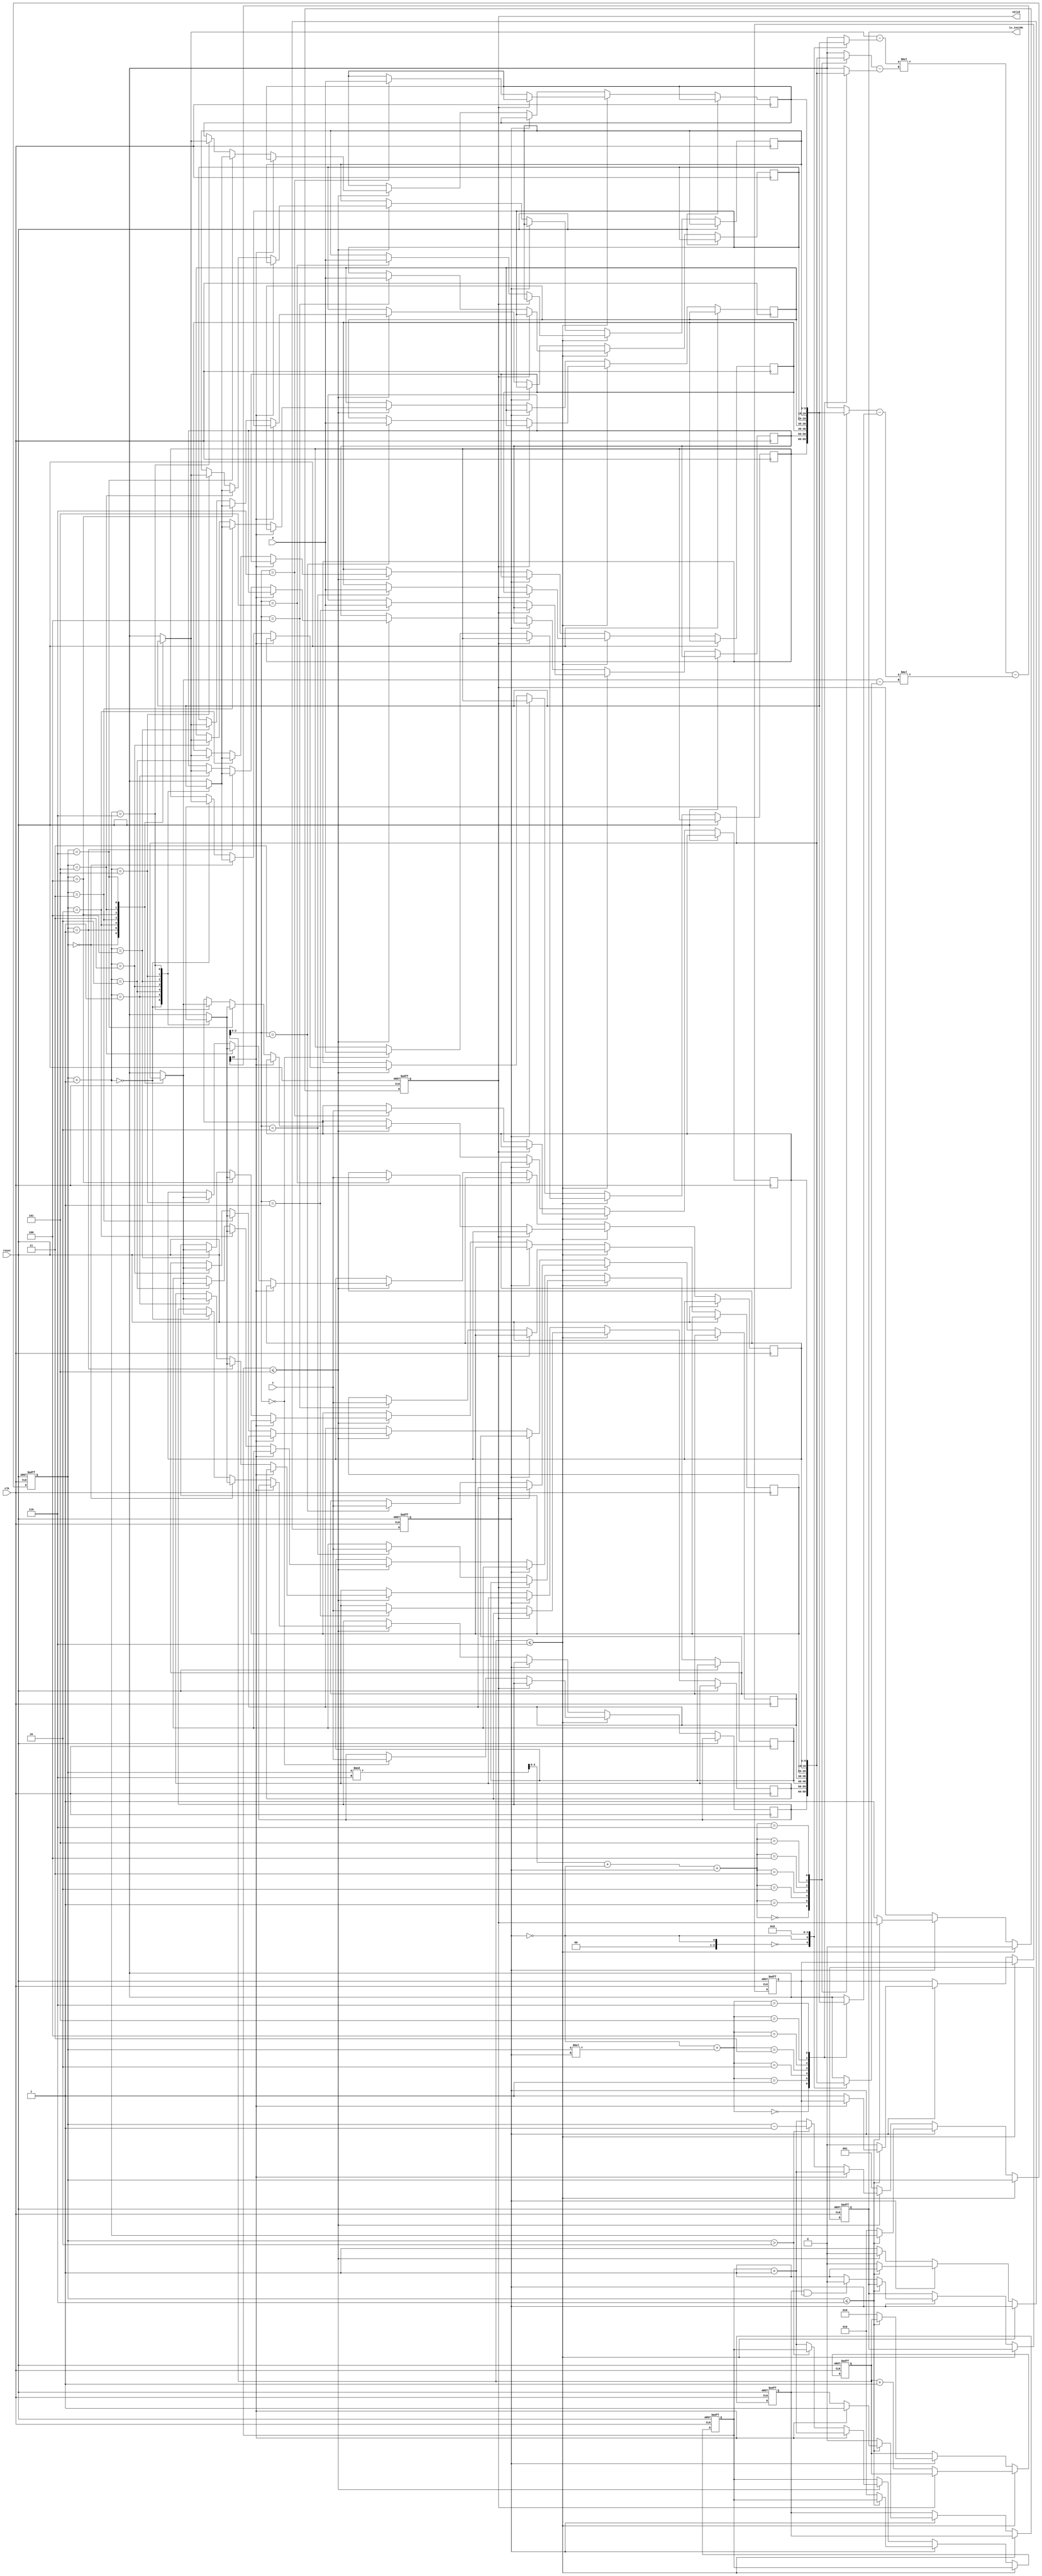
module geofence (clk,reset,X,Y,valid,is_inside);
input clk;
input reset;
input [9:0] X;
input [9:0] Y;
output reg valid;
output reg is_inside;

//integer i;
reg [9:0] Xreg [6:0];
reg [9:0] Yreg [6:0];
reg [3:0] counterrd;

reg [2:0] index;
reg [2:0] index_cur;

wire signed [10:0] Ax,Ay,Bx,By;
wire signed [20:0] cross_product;
reg fenceflag;
assign Ax = {1'b0,Xreg[index]} - {1'b0,Xreg[(!fenceflag)]};
assign Ay = {1'b0,Yreg[index]} - {1'b0,Yreg[(!fenceflag)]};
assign Bx = {1'b0,Xreg[index%6 + (!fenceflag) + fenceflag]} - {1'b0,Xreg[ (!fenceflag) + index*fenceflag ]};
assign By = {1'b0,Yreg[index%6 + (!fenceflag) + fenceflag]} - {1'b0,Yreg[ (!fenceflag) + index*fenceflag ]};
assign cross_product = Ax*By - Bx*Ay;

reg ngflag,psflag;

always@(posedge clk or posedge reset)
begin
    if(reset)
    begin
        valid <= 1'b0;
        is_inside <= 1'b0;
        counterrd <= 4'b0;
        index <= 3'd2;
        index_cur <= 3'd2;
        fenceflag <= 1'b0;
        ngflag <= 1'b0;
        psflag <= 1'b0;
    end

    else
    begin
        if( counterrd <= 6 ) // rd (x,y)
        begin
            if(valid)
            begin
                valid <= 1'b0;
            end
            else
            begin
                Xreg[counterrd] <= X;
                Yreg[counterrd] <= Y;
                counterrd <= counterrd + 1;
            end
        end

        else // calculate
        begin
            if(!fenceflag)
            begin
                if( index_cur <= 5 )
                begin
                    if( cross_product[20] == 1 )
                    begin
                        index <= index_cur + 1;
                        index_cur <= index_cur + 1;
                    end
                    else
                    begin
                        Xreg[index+1] <= Xreg[index];
                        Xreg[index] <= Xreg[index+1];                  
                        Yreg[index+1] <= Yreg[index];
                        Yreg[index] <= Yreg[index+1];
                        
                        if(index > 2)
                        begin  
                            index <= index - 1;
                        end
                        else
                        begin
                            index <= index_cur + 1;
                            index_cur <= index_cur + 1;                       
                        end
                    end
                end
                else
                begin
                    fenceflag <= 1'b1;
                    index <= 3'd1;
                end
            end

            else
            begin
                if( index <= 6 )
                begin
                    if( cross_product[20] == 1 )
                    begin
                        ngflag <= 1'b1;
                    end
                    else
                    begin
                        psflag <= 1'b1;
                    end
                    index <= index + 1;
                end
                else
                begin
                    valid <= 1'b1;
                    counterrd <= 4'b0;
                    index <= 3'd2;
                    index_cur <= 3'd2;
                    fenceflag <= 1'b0;
                    ngflag <= 1'b0;
                    psflag <= 1'b0;

                    if( (ngflag) & (psflag) )
                    begin
                        is_inside <= 1'b0;
                    end
                    else
                    begin
                        is_inside <= 1'b1;
                    end
                end
            end
        end
    end
end

endmodule